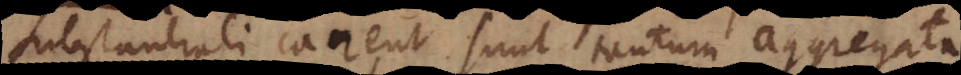
substantiali carent sunt tantum aggregata